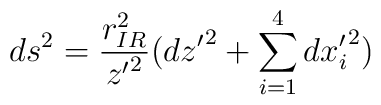
ds^2 = \frac{r_{IR}^2 }{ {z'}^2}({dz'}^2 + \sum_{i=1}^4 {dx'_i}^2)